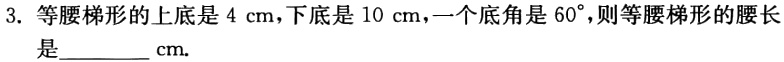
3. 等腰梯形的上底是 4 cm,下底是 10 cm,一个底角是 60°,则等腰梯形的腰长是________ cm.